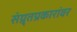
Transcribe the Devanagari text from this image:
संग्र्र्तप्रकारांवर